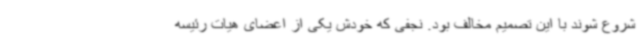
شروع شوند با این تصمیم مخالف بود. نجفی که خودش یکی از اعضای هیات رئیسه